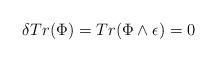
LaTeX: \begin{align*}\delta Tr(\Phi) = Tr(\Phi \wedge \epsilon) = 0\end{align*}